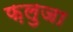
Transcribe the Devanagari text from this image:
फ़लुजा